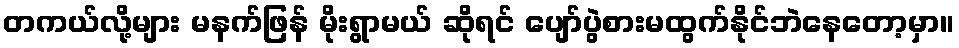
တကယ်လို့များ မနက်ဖြန် မိုးရွာမယ် ဆိုရင် ပျော်ပွဲစားမထွက်နိုင်ဘဲနေတော့မှာ။